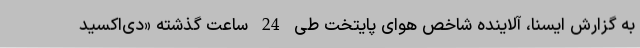
به گزارش ایسنا، آلاینده شاخص هوای پایتخت طی 24 ساعت گذشته «دی‌اکسید